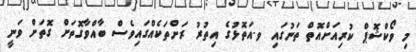
މި ވޯކްޝޮޕް ކުރިއަށްއޮތް ތަނުގައި ވ.އަތޮޅުގެ އިތުރު ރަށްތަކެއްގައިވެސް ބާއްވާގޮތަށް ގޮތަށް ވަނީ